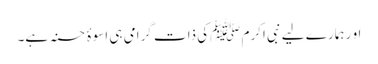
او ر ہمارے لیے نبی اکرم ﷺکی ذات گرامی ہی اسوۂ حسنہ ہے۔